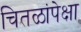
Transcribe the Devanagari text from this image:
चितळांपेक्षा